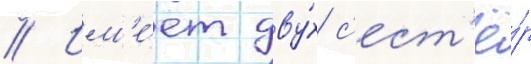
// Им'е́ет дву́х с'ест'ё́р